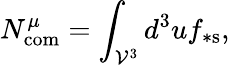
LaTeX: N_{\mathrm{com}}^{\mu}=\int_{\mathcal{V}^{3}}d^{3}uf_{\ast\mathrm{s}},